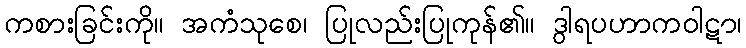
ကစားခြင်းကို။ အကံသုစေ၊ ပြုလည်းပြုကုန်၏။ ဒွါရပဟာကဝါဋာ၊